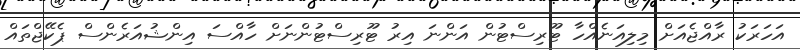
އަހަރަކު ރާއްޖެއަށް މިލިއަނެއްހާ ޓޫރިސްޓުން އަންނަ އިރު ޓޫރިސްޓުންނަށް ހާއްސަ އިންޝުއަރެންސް ޕެކޭޖްތައް